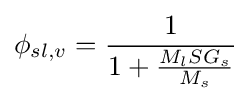
\phi _{sl,v}={\frac {1}{1+{\frac {M_{l}SG_{s}}{M_{s}}}}}